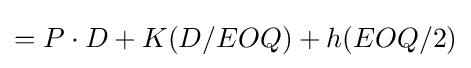
=P\cdot D+K(D/EOQ)+h(EOQ/2)